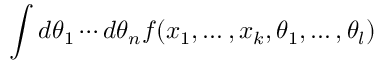
\int d \theta _ { 1 } \cdots d \theta _ { n } f ( x _ { 1 } , \ldots , x _ { k } , \theta _ { 1 } , \ldots , \theta _ { l } )